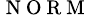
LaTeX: _{\mathrm{~N~O~R~M~}}